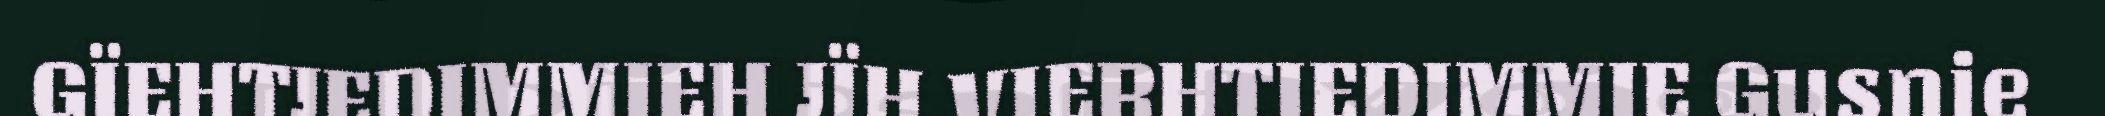
GÏEHTJEDIMMIEH JÏH VIERHTIEDIMMIE Gusnie